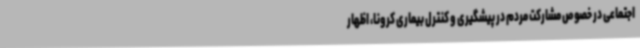
اجتماعی در خصوص مشارکت مردم در پیشگیری و کنترل بیماری کرونا، اظهار